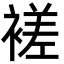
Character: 褨